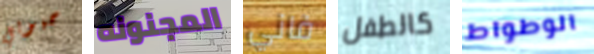
حبوبي المجنونه فاني كالطفل الوطواط